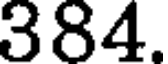
384.